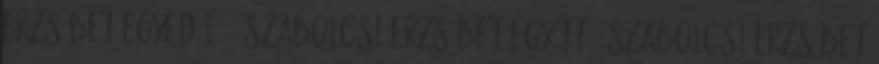
Erzsébet Egyedül 10 Szabolcsi Erzsébet Együtt 1 Szabolcsi Erzsébet